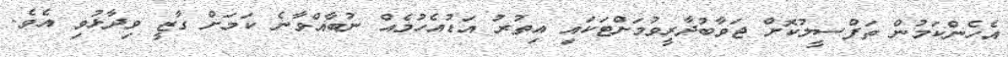
އެހެންކަމުން ތަފްސީލުކޮށް ޖަވާބުދާރީވުމަށްޓަކައި އިތުރު އަޑުއެހުމެއް ނުބާއްވާނެ ކަމަށް ގާޒީ ވިދާޅުވި އެވެ.